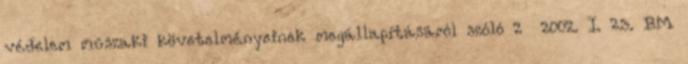
védelem mûszaki követelményeinek megállapításáról szóló 2 2002. I. 23. BM